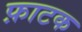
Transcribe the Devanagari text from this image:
फ़ाटक